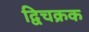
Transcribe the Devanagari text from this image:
द्विचक्रक